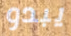
يبدو